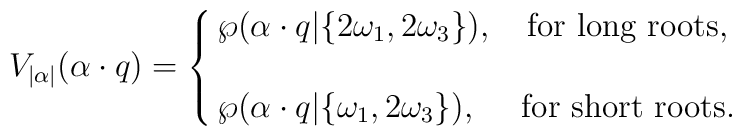
V_{|\alpha|}(\alpha\cdot q)=   \cases{\wp(\alpha\cdot q|\{2\omega_1,2\omega_3\}),   \quad \mbox{for long roots},\cr\cr   \wp(\alpha\cdot q|\{\omega_1,2\omega_3\}),   \quad\ \mbox{for short roots}.\cr}